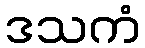
ဒသကံ